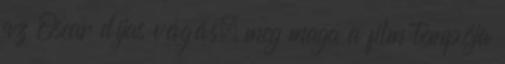
az Oscar díjas vágás, meg maga a film tempója